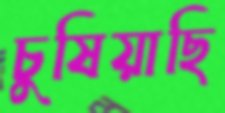
চুষিয়াছি